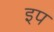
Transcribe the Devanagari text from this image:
इप